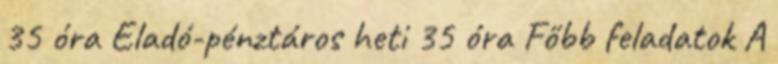
35 óra Eladó-pénztáros heti 35 óra Főbb feladatok A